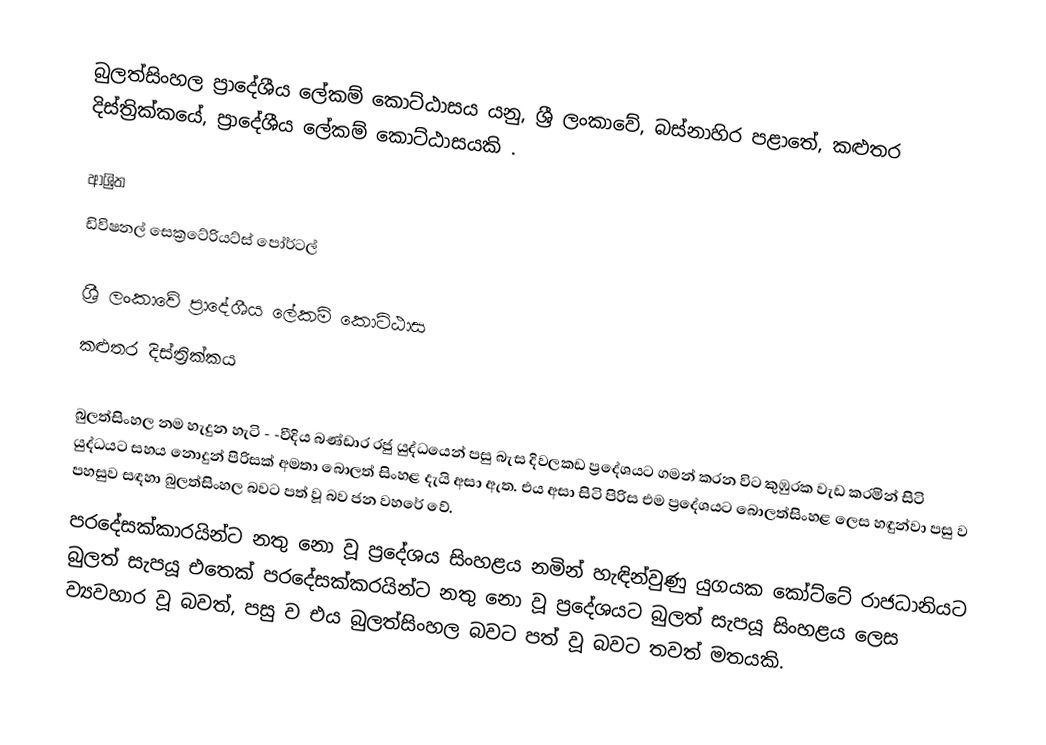
බුලත්සිංහල ප්‍රාදේශීය ලේකම් කොට්ඨාසය යනු,  ශ්‍රී ලංකාවේ, බස්නාහිර පළාතේ,   කළුතර දිස්ත්‍රික්කයේ, ප්‍රාදේශීය ලේකම් කොට්ඨාසයකි .

ආශ්‍රිත
 ඩිවිෂනල් සෙක්‍රටේරියට්ස් පෝර්ටල්

ශ්‍රී ලංකාවේ ප්‍රාදේශීය ලේකම් කොට්ඨාස
කළුතර දිස්ත්‍රික්කය

බුලත්සිංහල නම හැදුන හැටි - -වීදිය බණ්ඩාර රජු යුද්ධයෙන් පසු බැස දිවලකඩ ප්‍රදේශයට ගමන් කරන විට කුඹුරක වැඩ කරමින් සිටි යුද්ධයට සහය නොදුන් පිරිසක් අමතා බොලත් සිංහළ දැයි අසා ඇත. එය අසා සිටි පිරිස එම ප්‍රදේශයට බොලත්සිංහළ ලෙස හඳුන්වා පසු ව පහසුව සඳහා බුලත්සිංහල බවට පත් වූ බව ජන වහරේ වේ.
පරදේසක්කාරයින්ට නතු නො වූ ප්‍රදේශය සිංහළය නමින් හැඳින්වුණු යුගයක කෝට්ටේ රාජධානියට බුලත් සැපයූ එතෙක් පරදේසක්කරයින්ට නතු නො වූ ප්‍රදේශයට බුලත් සැපයූ සිංහළය ලෙස ව්‍යවහාර වූ බවත්, පසු ව එය බුලත්සිංහල බවට පත් වූ බවට තවත් මතයකි.